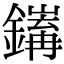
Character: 𨭅